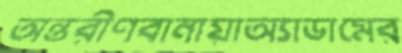
অন্তরীণবানায়াঅ্যাডামের